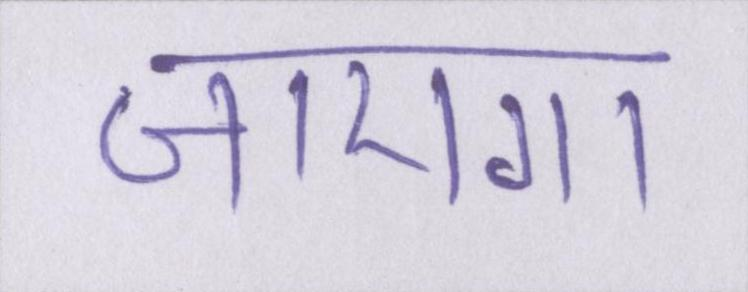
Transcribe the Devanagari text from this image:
जाएगा